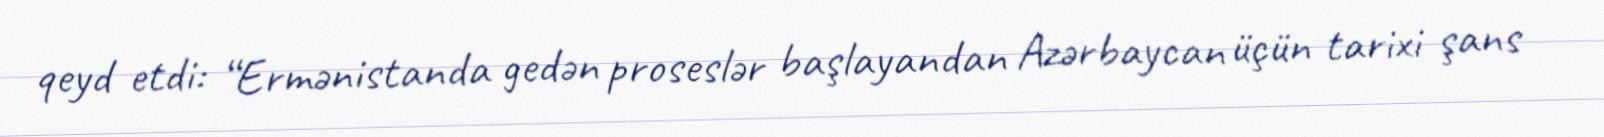
qeyd etdi: “Ermənistanda gedən proseslər başlayandan Azərbaycan üçün tarixi şans